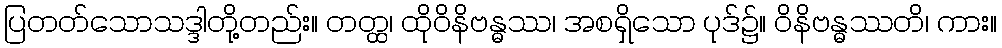
ပြတတ်သောသဒ္ဒါတို့တည်း။ တတ္ထ၊ ထိုဝိနိဗန္ဓဿ၊ အစရှိသော ပုဒ်၌။ ဝိနိဗန္ဓဿတိ၊ ကား။